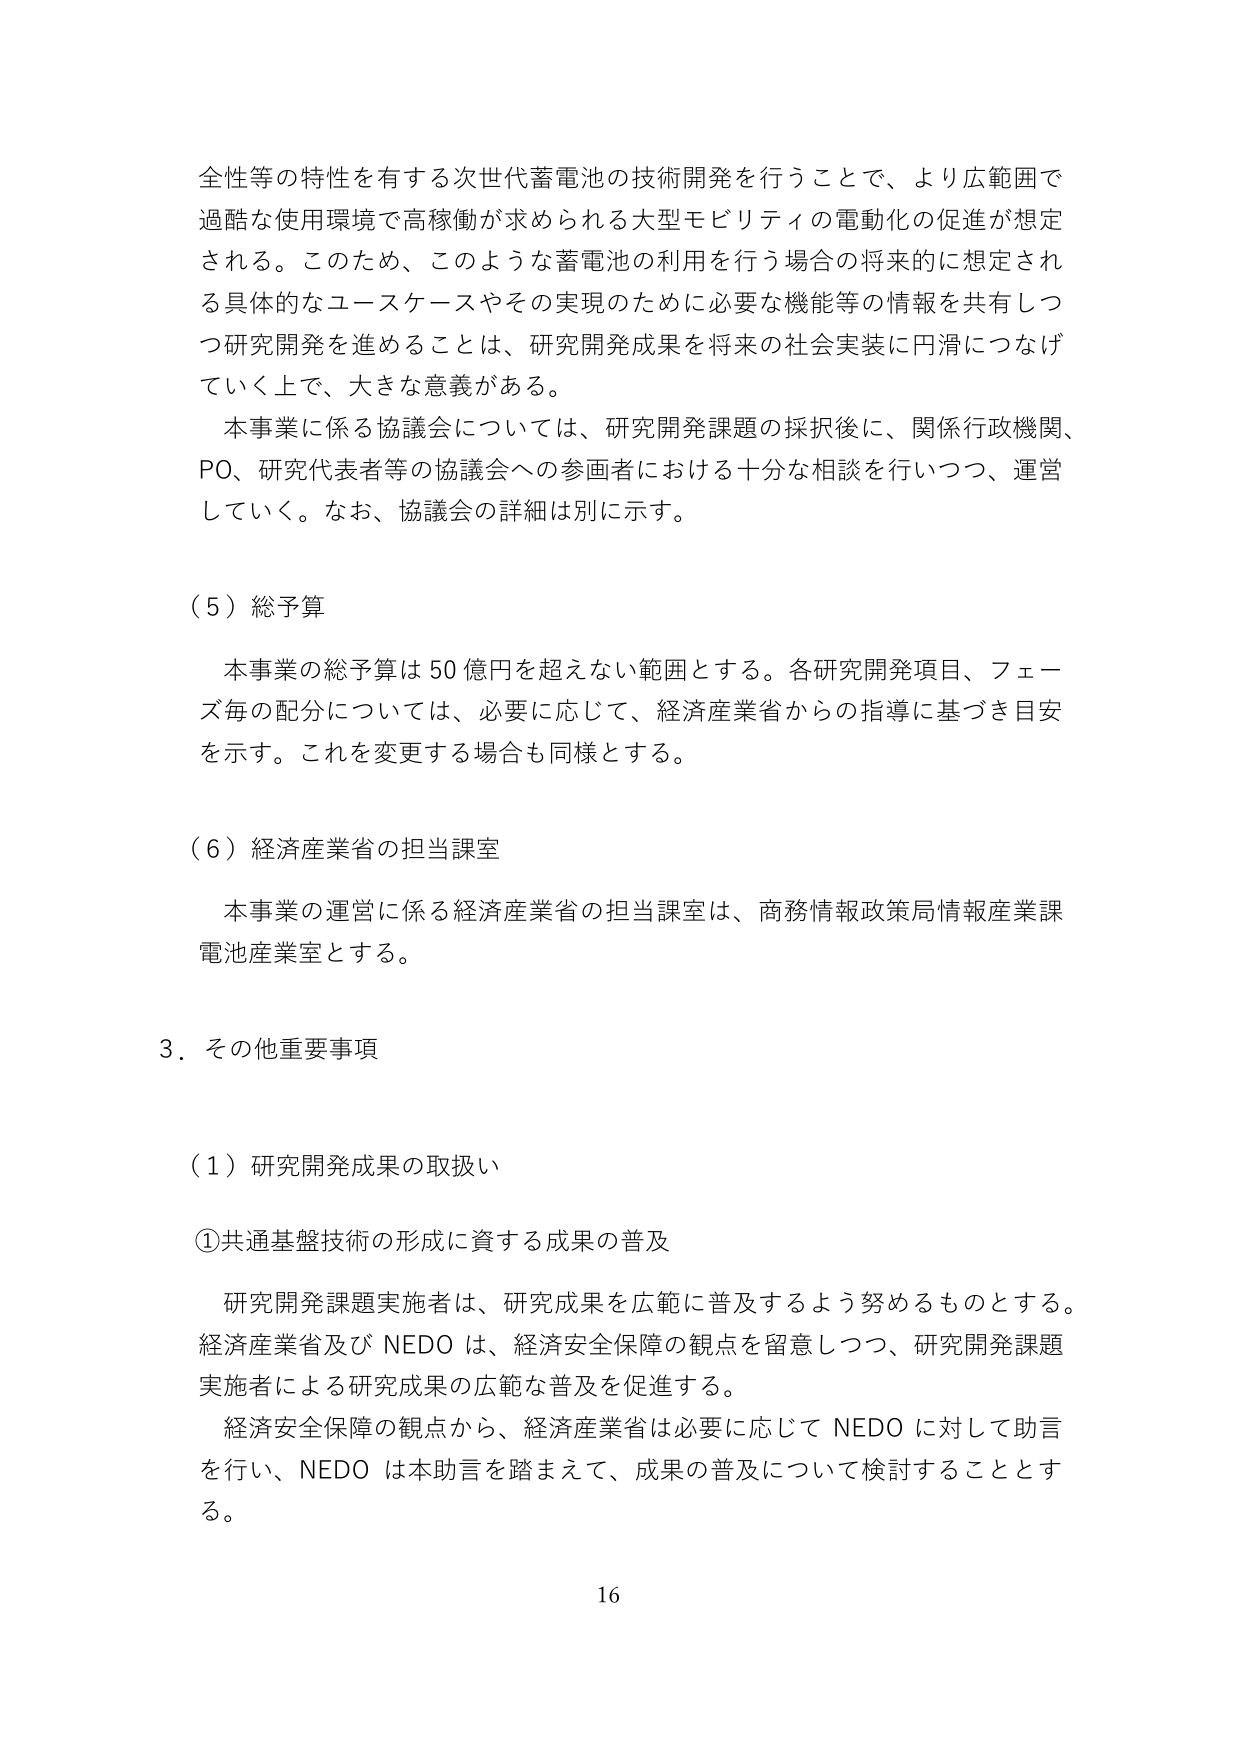
全性等の特性を有する次世代蓄電池の技術開発を行うことで、より広範囲で
過酷な使用環境で高稼働が求められる大型モビリティの電動化の促進が想定
される。このため、このような蓄電池の利用を行う場合の将来的に想定され
る具体的なユースケースやその実現のために必要な機能等の情報を共有しつ
つ研究開発を進めることは、研究開発成果を将来の社会実装に円滑につなげ
ていく上で、大きな意義がある。
本事業に係る協議会については、研究開発課題の採択後に、関係行政機関、
PO、研究代表者等の協議会への参画者における十分な相談を行いつつ、運営
していく。なお、協議会の詳細は別に示す。

（５）総予算
本事業の総予算は50億円を超えない範囲とする。各研究開発項目、フェー
ズ毎の配分については、必要に応じて、経済産業省からの指導に基づき目安
を示す。これを変更する場合も同様とする。

（６）経済産業省の担当課室
本事業の運営に係る経済産業省の担当課室は、商務情報政策局情報産業課
電池産業室とする。

３．その他重要事項

（１）研究開発成果の取扱い
①共通基盤技術の形成に資する成果の普及
研究開発課題実施者は、研究成果を広範に普及するよう努めるものとする。
経済産業省及びNEDOは、経済安全保障の観点を留意しつつ、研究開発課題
実施者による研究成果の広範な普及を促進する。
経済安全保障の観点から、経済産業省は必要に応じてNEDOに対して助言
を行い、NEDOは本助言を踏まえて、成果の普及について検討することとす
る。

16